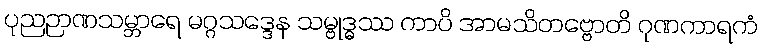
ပုညဉာဏသမ္ဘာရေ မဂ္ဂသဒ္ဒေန သမ္ဗုဒ္ဓဿ ကာပိ အာမသိတဗ္ဗောတိ ဂုဏကာရကံ